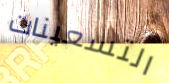
التسعينات